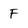
Character: F